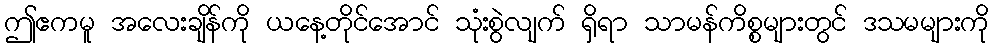
ဤဧကမူ အလေးချိန်ကို ယနေ့တိုင်အောင် သုံးစွဲလျက် ရှိရာ သာမန်ကိစ္စများတွင် ဒသမများကို